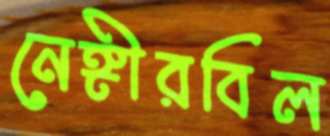
নেঙ্গীরবিল